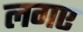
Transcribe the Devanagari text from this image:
लगए